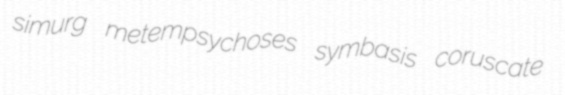
simurg metempsychoses symbasis coruscate